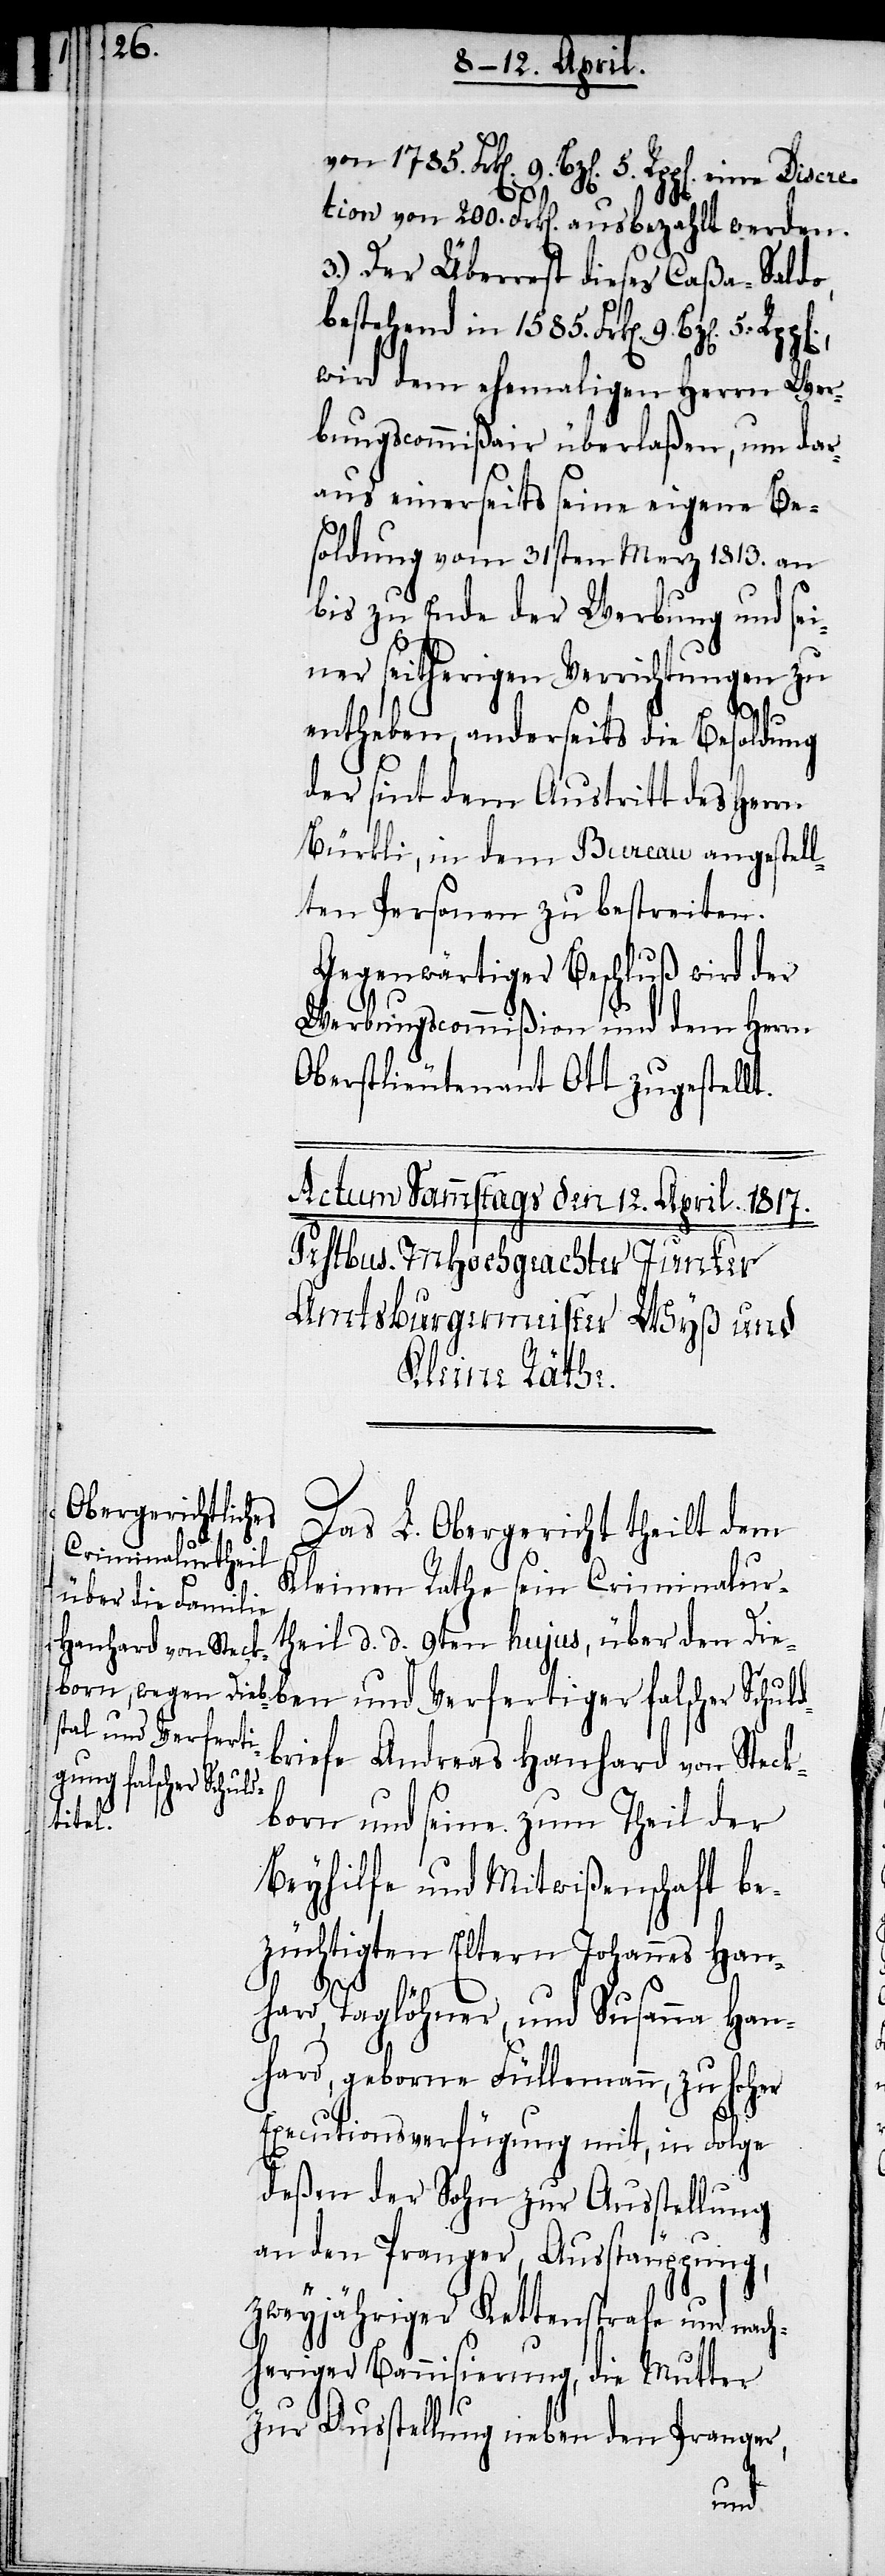
Discre¬

5.
5.
tion von 200. Frk[en]. ausbezahlt werden.
3.) Der Überrest dieses Caßa-Saldo,
bestehend in 1585. Frk[en]. 9. Bz[en].
wird dem ehemaligen Herrn Wer¬
bungscommißair überlaßen, um dar¬
aus einerseits seine eigene Be¬
soldung vom 31sten Merz 1813. an
bis zu Ende der Werbung und sei¬
ner seitherigen Verrichtungen zu
entheben, anderseits die Besoldung
der sint dem Austritt des Herrn
Bürkli, in dem Bureau angestell¬
ten Personen zu bestreiten.
Gegenwärtiger Beschluß wird der
Werbungscommißion und dem Herrn
Oberstlieutenant Ott zugestellt.
Das L. Obergericht theilt dem
Kleinen Rathe sein Criminalur¬
theil d. d. 9ten hujus, über den Die¬
ben und Verfertiger falscher Schul¬
dbriefe Andreas Hanhard von Steck¬
born und seine zum Theil der
Beyhilfe und Mitwißenschaft be¬
züchtigten Eltern Johannes Han¬
hard, Taglöhner, und Susanna Han¬
hard, geborne Füllemann, zu hoher
Executionsverfügung mit, in Folge
deßen der Sohn zur Ausstellung
an den Pranger, Ausstäuppung,
zweyjähriger Kettenstrafe und nach¬
heriger Bannisierung, die Mutter
zur Ausstellung neben den Pranger,
eine